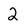
Character: 2